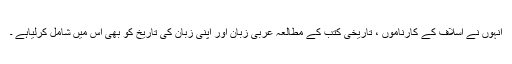
انہوں نے اسلاف کے کارناموں ، تاریخی کتب کے مطالعہ عربی زبان اور اپنی زبان کی تاریخ کو بھی اس میں شامل کرلیاہے ۔